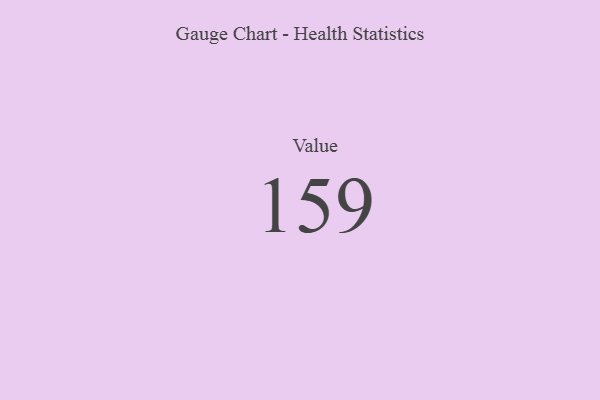
{"axis": {"x": "Metric", "y": "Value"}, "legend": [""], "data": [{"x": "Value", "y": 159, "type": ""}]}